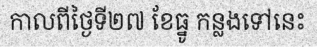
កាលពីថ្ងៃទី២៧ ខែធ្នូ កន្លងទៅនេះ